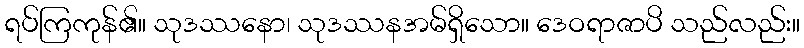
ရပ်ကြကုန်၏။ သုဒဿနော၊ သုဒဿနအမ်ရှိသော။ ဒေဝရာဇာပိ သည်လည်း။